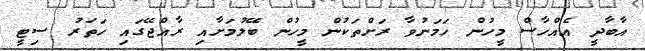
އާބާދީ އެއްހާސް މީހުން ހަމަނުވާ ރަށްތަކުން މީހުން ބޭލުމަށާއި ރާއްޖޭގައި ހަތަރު ސިޓީ